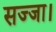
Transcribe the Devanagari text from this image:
सज्जा।